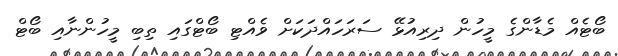
ބޯޓެއް މެޑާންގެ މީހުން ދިރިއުޅޭ ސަރަހައްދަކަށް ވެއްޓި ބޯޓްގައި ތިބި މީހުންނާއި ބޯޓް